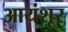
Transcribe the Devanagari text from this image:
आयंशूर